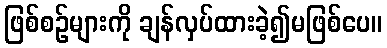
ဖြစ်စဉ်များကို ချန်လှပ်ထားခဲ့၍မဖြစ်ပေ။